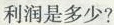
利润是多少?